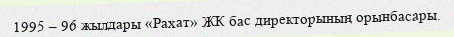
1995 – 96 жылдары «Рахат» ЖК бас директорының орынбасары.